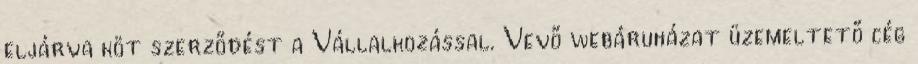
eljárva köt szerződést a Vállalkozással. Vevő webáruházat üzemeltető cég